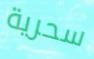
سحرية